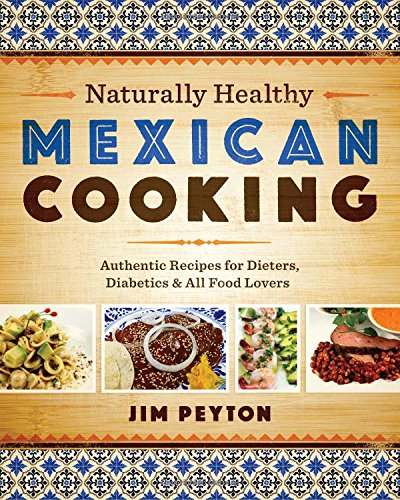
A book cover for Naturally Healthy Mexican Cooking: Authentic Recipes for Dieters, Diabetics, and All Food Lovers (Joe R. and Teresa Lozano Long Series in Latin American and L); Jim Peyton; Cookbooks, Food & Wine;